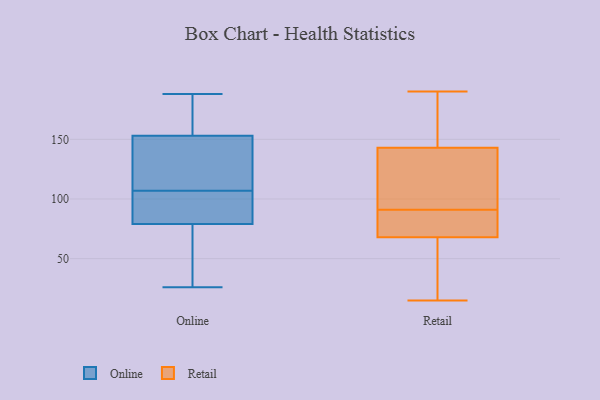
{"axis": {"x": "Operating Costs (USD K)", "y": "Value"}, "legend": ["Online", "Retail"], "data": [{"x": "", "y": 98, "type": "Online"}, {"x": "", "y": 146, "type": "Online"}, {"x": "", "y": 160, "type": "Online"}, {"x": "", "y": 96, "type": "Online"}, {"x": "", "y": 72, "type": "Online"}, {"x": "", "y": 61, "type": "Online"}, {"x": "", "y": 137, "type": "Online"}, {"x": "", "y": 188, "type": "Online"}, {"x": "", "y": 185, "type": "Online"}, {"x": "", "y": 26, "type": "Online"}, {"x": "", "y": 86, "type": "Online"}, {"x": "", "y": 116, "type": "Online"}, {"x": "", "y": 181, "type": "Retail"}, {"x": "", "y": 62, "type": "Retail"}, {"x": "", "y": 184, "type": "Retail"}, {"x": "", "y": 143, "type": "Retail"}, {"x": "", "y": 50, "type": "Retail"}, {"x": "", "y": 57, "type": "Retail"}, {"x": "", "y": 115, "type": "Retail"}, {"x": "", "y": 97, "type": "Retail"}, {"x": "", "y": 15, "type": "Retail"}, {"x": "", "y": 85, "type": "Retail"}, {"x": "", "y": 68, "type": "Retail"}, {"x": "", "y": 83, "type": "Retail"}, {"x": "", "y": 184, "type": "Retail"}, {"x": "", "y": 105, "type": "Retail"}, {"x": "", "y": 80, "type": "Retail"}, {"x": "", "y": 83, "type": "Retail"}, {"x": "", "y": 190, "type": "Retail"}, {"x": "", "y": 128, "type": "Retail"}]}